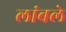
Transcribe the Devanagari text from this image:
लांबले